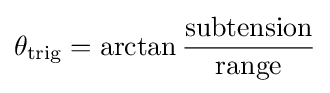
\theta _{\text{trig}}=\arctan {\frac {\text{subtension}}{\text{range}}}